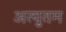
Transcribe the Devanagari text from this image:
अत्युतम